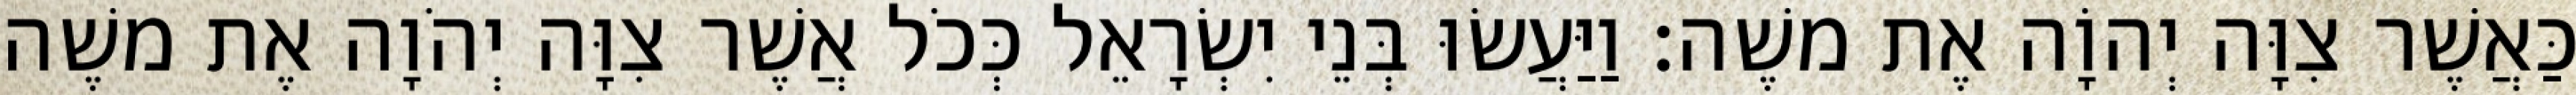
כַּאֲשֶׁר צִוָּה יְהוָֹה אֶת משֶׁה׃ וַיַּעֲשׂוּ בְּנֵי יִשְׂרָאֵל כְּכֹל אֲשֶׁר צִוָּה יְהֹוָה אֶת משֶׁה